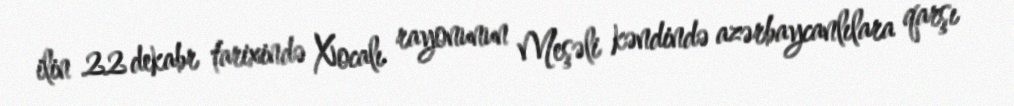
ilin 22 dekabr tarixində Xocalı rayonunun Meşəli kəndində azərbaycanlılara qarşı